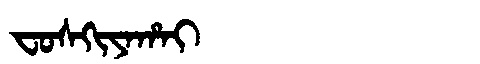
Manchu: ᠸᠣᠰᡴᡳᠶᠠᡥᠠᡳ
Romanization: FOSKIYAHAI